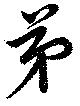
弟